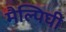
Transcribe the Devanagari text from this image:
मैल्पिघी